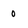
Character: 0